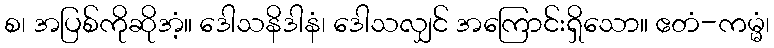
စ၊ အပြစ်ကိုဆိုအံ့။ ဒေါသနိဒါနံ၊ ဒေါသလျှင် အကြောင်းရှိသော။ ဧတံ-ကမ္မံ၊